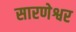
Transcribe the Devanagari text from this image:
सारणेश्वर